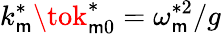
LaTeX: k_{\mathsf{m}}^{*}\tok_{\mathsf{m}0}^{*}=\omega_{\mathsf{m}}^{*2}/g